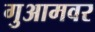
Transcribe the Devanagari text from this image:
गुआमवर